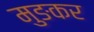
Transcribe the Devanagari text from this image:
मुङकर